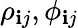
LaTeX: \rho_{\mathbf{i}j},\phi_{\mathbf{i}j}